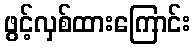
ဖွင့်လှစ်ထားကြောင်း